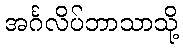
အင်္ဂလိပ်ဘာသာသို့